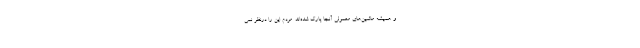
و همیشه ماشین‌های معمولی آنجا پارک شده‌اند. مردم این را درنظر نمی